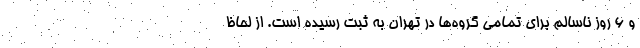
و ۶ روز ناسالم برای تمامی گروه‌ها در تهران به ثبت رسیده است. از لحاظ